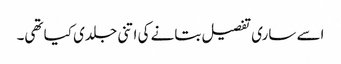
اسے ساری تفصیل بتانے کی اتنی جلدی کیا تھی۔